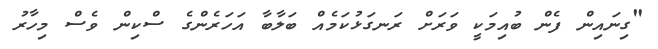
"ގިނައިން ފެން ބުއިމަކީ ވަރަށް ރަނގަޅުކަމެއް ބަލާބާ އަހަރެންގެ ސްކިން ވެސް މިހާރު